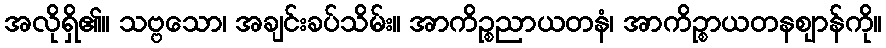
အလိုရှိ၏။ သဗ္ဗသော၊ အချင်းခပ်သိမ်း။ အာကိဉ္စညာယတနံ၊ အာကိဉ္စာယတနဈာန်ကို။